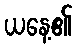
ယနေ့၏